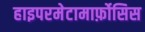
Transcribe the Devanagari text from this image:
हाइपरमेटामार्फ़ोसिस